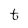
Character: t